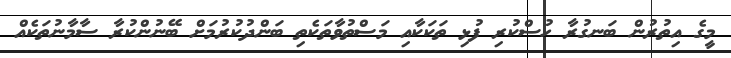
މީގެ އިތުރުން ބަނގުރާ ހުސްކުރި ފުޅި ތަކަކާއި މަސްތުވާތަކެތި ބަންދުކުރުމަށް ބޭނުންކުރާ ސާމާނުތަކެއް